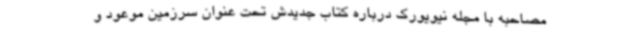
مصاحبه با مجله نیویورک درباره کتاب جدیدش تحت عنوان سرزمین موعود و